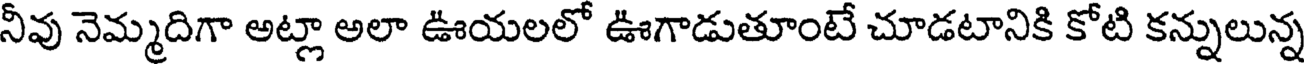
నీవు నెమ్మదిగా అట్లా అలా ఊయలలో ఊగాడుతూంటే చూడటానికి కోటి కన్నులున్న